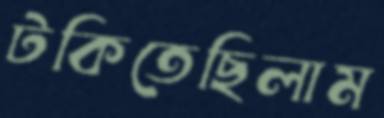
টকিতেছিলাম